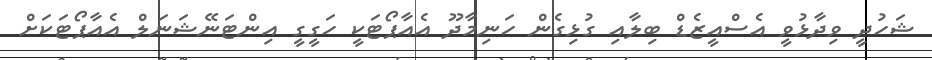
ޝަހުދީ ވިދާޅުވީ އެސްއީޒެޑް ބިލާއި ގުޅިގެން ހަނިމާދޫ އެއާޕޯޓަކީ ހަގީގީ އިންޓަނޭޝަނަލް އެއާޕޯޓަކަށް